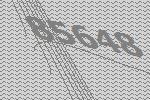
85648